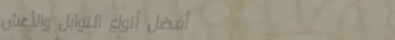
أفضل أنواع التوابل والأعش